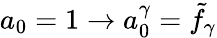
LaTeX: a_{0}=1\rightarrow a_{0}^{\gamma}={\tilde{f}}_{\gamma}